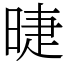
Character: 㫸